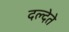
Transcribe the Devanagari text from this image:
दल्देते